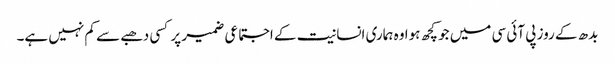
بدھ کے روز پی آئی سی میں جو کچھ ہوا وہ ہماری انسانیت کے اجتماعی ضمیر پر کسی دھبے سے کم نہیں ہے۔